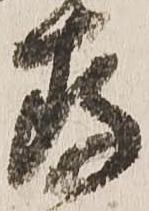
存